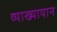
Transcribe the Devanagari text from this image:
व्याख्यायान